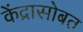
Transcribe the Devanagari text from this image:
केंद्रासोबत